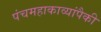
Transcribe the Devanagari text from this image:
पंचमहाकाव्यांपैकी